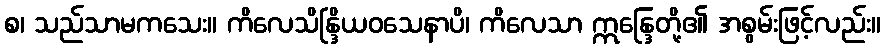
စ၊ သည်သာမကသေး။ ကိလေသိန္ဒြိယဝသေနာပိ၊ ကိလေသာ ဣန္ဒြေတို့၏ အစွမ်းဖြင့်လည်း။